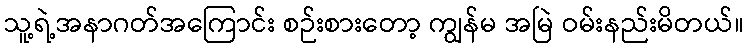
သူ့ရဲ့အနာဂတ်အကြောင်း စဉ်းစားတော့ ကျွန်မ အမြဲ ဝမ်းနည်းမိတယ်။